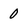
Character: 0